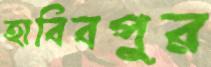
হাবিবপুর